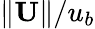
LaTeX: \Vert\textbf{U}\Vert/u_{b}